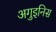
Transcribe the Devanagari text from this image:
अगुइनिस